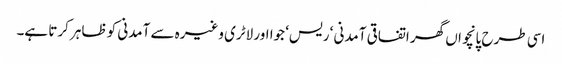
اسی طرح پانچواں گھر اتفاقی آمدنی ‘ ریس‘ جوا اور لاٹری وغیرہ سے آمدنی کو ظاہر کرتا ہے۔